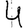
Digit: 4